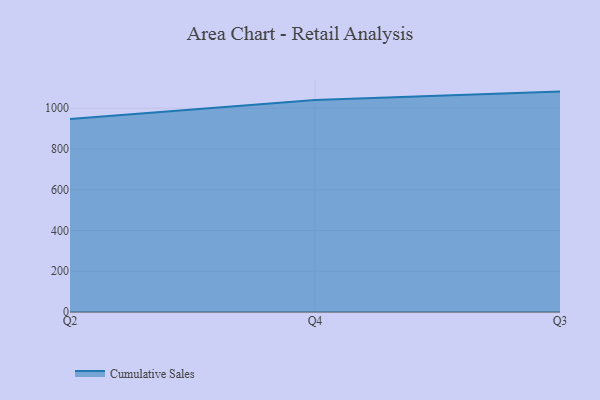
{"axis": {"x": "Quarter", "y": "Budget (USD K)"}, "legend": ["Cumulative Sales"], "data": [{"x": "Q2", "y": 947.1, "type": "Cumulative Sales"}, {"x": "Q4", "y": 1040.8, "type": "Cumulative Sales"}, {"x": "Q3", "y": 1081.7, "type": "Cumulative Sales"}]}